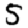
Digit: 5